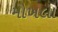
મોખલા